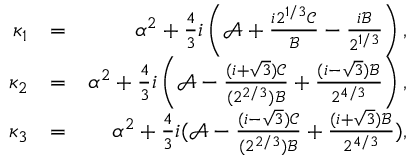
\begin{array} { r l r } { \kappa _ { 1 } } & { = } & { \alpha ^ { 2 } + \frac { 4 } { 3 } i \left( \mathcal { A } + \frac { i 2 ^ { 1 / 3 } \mathcal { C } } { \mathcal { B } } - \frac { i \mathcal { B } } { 2 ^ { 1 / 3 } } \right) , } \\ { \kappa _ { 2 } } & { = } & { \alpha ^ { 2 } + \frac { 4 } { 3 } i \left( \mathcal { A } - \frac { ( i + \sqrt { 3 } ) \mathcal { C } } { ( 2 ^ { 2 / 3 } ) \mathcal { B } } + \frac { ( i - \sqrt { 3 } ) \mathcal { B } } { 2 ^ { 4 / 3 } } \right) , } \\ { \kappa _ { 3 } } & { = } & { \alpha ^ { 2 } + \frac { 4 } { 3 } i ( \mathcal { A } - \frac { ( i - \sqrt { 3 } ) \mathcal { C } } { ( 2 ^ { 2 / 3 } ) \mathcal { B } } + \frac { ( i + \sqrt { 3 } ) \mathcal { B } } { 2 ^ { 4 / 3 } } ) , } \end{array}